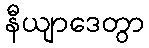
နီယျာဒေတွာ